Lunatic asylums United Provinces 1899-1908 - 1899-1908
Year: 1899
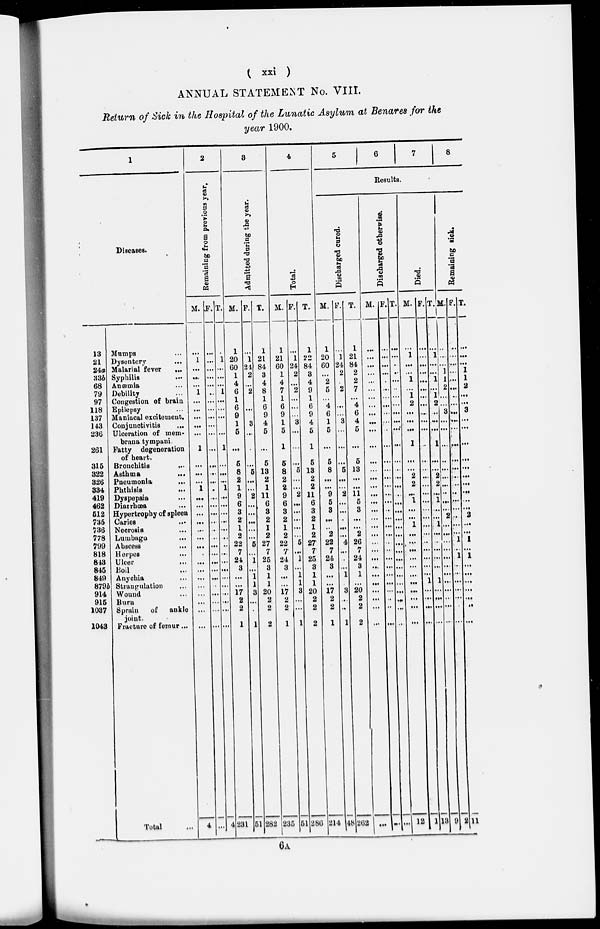
( xxi )
ANNUAL STATEMENT No. VIII.
Return of Sick in the Hospital of the Lunatic Asylum at Benares for the
year 1900.
1
Diseases.
13
21
24a
33b
68
79
97
118
137
143
236
261
315
322
326
334
419
462
512
735
736
778
799
818
843
845
849
879b
914
915
1037
1043
Mumps …
Dysentery …
Malarial fever …
Syphilis …
Anæmia …
Debility …
Congestion of brain
Epilepsy …
Maniacal excitement.
Conjunctivitis …
Ulceration of mem-
brana tympani.
Fatty degeneration
of heart.
Bronchitis …
Asthma
...
Pneumonia …
Phthisis …
Dyspepsia …
Diarrhœa …
Hypertrophy of spleen
Caries …
Necrosis. …
Lumbago …
Abscess …
Herpes …
Ulcer …
Boil …
Anychia …
Strangulation …
Wound …
Burn
Sprain
of
ankle
joint.
Fracture of femur ...
Total …
2
Remaining from previous year.
M.
...
1
…
…
...
1
…
…
…
…
…
1
…
…
…
1
…
…
…
…
…
…
…
…
…
…
...
…
...
…
…
4
F.
…
…
...
…
…
..
…
…
…
…
…
…
…
…
…
.
…
…
…
…
..
…
…
…
…
…
…
..
…
…
...
…
…
T.
…
1
…
…
…
1
…
...
…
…
…
1
...
…
…
1
…
…
…
…
…
…
...
…
…
…
…
...
…
…
…
…
4
3
Admitted during the year.
M.
1
20
60
1
4
6
1
6
9
1
5
…
5
8
2
1
9
6
3
2
1
2
22
7
24
3
…
...
17
2
2
1
231
F.
…
1
24
2
…
2
…
3
…
.
…
5
…
…
2
…
…
…
…
…
5
…
1
…
1
1
3
…
.
1
51
T.
1
21
84
3
4
8
1
6
9
4
5
…
5
13
2
1
11
6
3
2
1
2
27
7
25
3
1
1
20
2
2
2
282
4
Total.
M.
1
21
60
1
4
7
1
6
9
1
5
1
5
8
2
2
9
6
3
2
1
2
22
7
24
3
…
…
17
2
2
1
235
F.
...
1
24
2
…
2
…
…
...
3
...
...
…
5
…
…
2
…
…
…
…
...
5
…
1
…
1
1
3
...
…
1
51
T.
1
22
84
3
4
9
1
6
9
4
5
1
5
13
2
2
11
6
3
2
1
2
27
7
25
3
1
1
20
2
2
2
286
5
6
7
8
Results.
Discharged cured.
M.
1
20
60
…
2
5
...
4
6
1
5
…
5
8
…
…
9
5
3
…
…
2
22
7
24
3
…
…
17
2
2
1
214
F.
…
1
24
2
2
…
...
3
...
...
…
5
…
…
2
…
…
..
…
…
4
…
..
…
1
.
3
…
..
1
48
T.
1
21
84
2
2
7
…
4
6
4
5
…
5
13
…
…
11
5
3
…
…
2
26
7
24
3
1
…
20
2
2
2
262
Discharged otherwise.
M.
…
...
…
...
…
...
…
…
…
…
…
…
…
…
…
…
…
…
…
…
...
…
…
…
…
…
...
…
…
…
…
…
…
F.
…
...
…
…
.
…
…
…
…
...
.
...
…
…
...
...
…
…
…
…
…
…
…
…
…
…
…
…
…
..
..
…
…
T.
…
...
.
..
…
..
...
...
…
…
…
…
…
…
…
…
…
…
…
…
…
…
…
…
…
…
…
…
…
…
…
..
..
Died.
M.
…
1
…
…
1
...
1
2
…
…
…
1
…
…
2
2
…
1
…
…
1
…
…
…
…
…
…
…
…
…
…
…
…
F.
…
...
…
…
…
…
…
…
...
…
…
…
…
…
...
…
…
...
…
…
…
…
…
…
…
…
…
1
…
…
…
…
1
T.
…
1
...
…
1
…
1
2
…
…
…
1
…
…
2
2
…
1
…
…
1
…
…
…
…
…
…
1
…
…
…
...
13
Remaining sick.
M.
…
…
…
1
1
2
…
...
3
…
…
…
…
…
…
…
…
…
…
2
…
…
...
…
…
…
…
…
…
…
…
…
9
F.
…
...
…
....
…
…
..
…
…
…
…
…
…
…
…
…
…
…
…
…
…
…
1
…
1
…
…
…
…
…
.
…
2
T.
…
…
…
1
1
2
…
…
3
…
…
…
…
…
…
…
…
…
…
2
…
…
1
…
1
…
…
…
…
…
…
…
11
6A